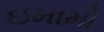
ઇમામો